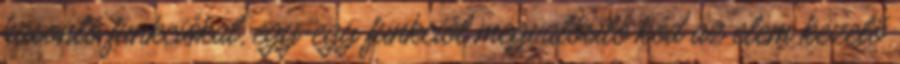
hasonló funkciókat, egy-egy funkciót megvalósító kód az elem kezelő